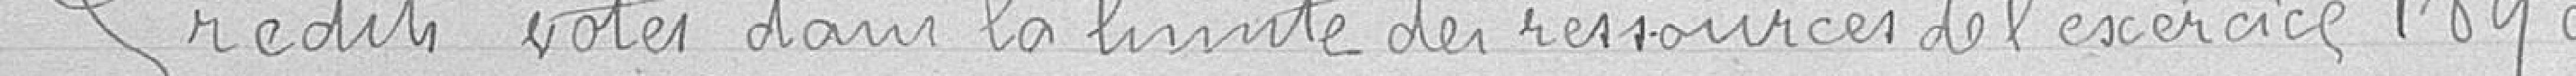
Crédits votés dans la limite des ressources de l'exercice 1890.